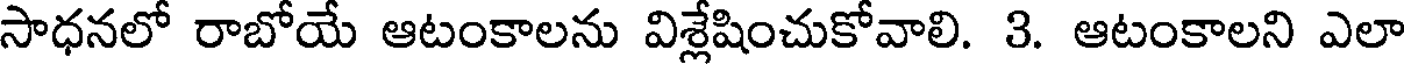
సాధనలో రాబోయే ఆటంకాలను విశ్లేషించుకోవాలి. 3. ఆటంకాలని ఎలా